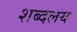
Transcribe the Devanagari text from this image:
शब्दलय